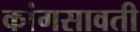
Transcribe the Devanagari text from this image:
कांगसावती